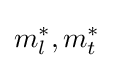
m_{l}^{*},m_{t}^{*}